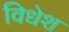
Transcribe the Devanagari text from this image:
विधेश